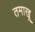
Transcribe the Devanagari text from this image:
तमाखू